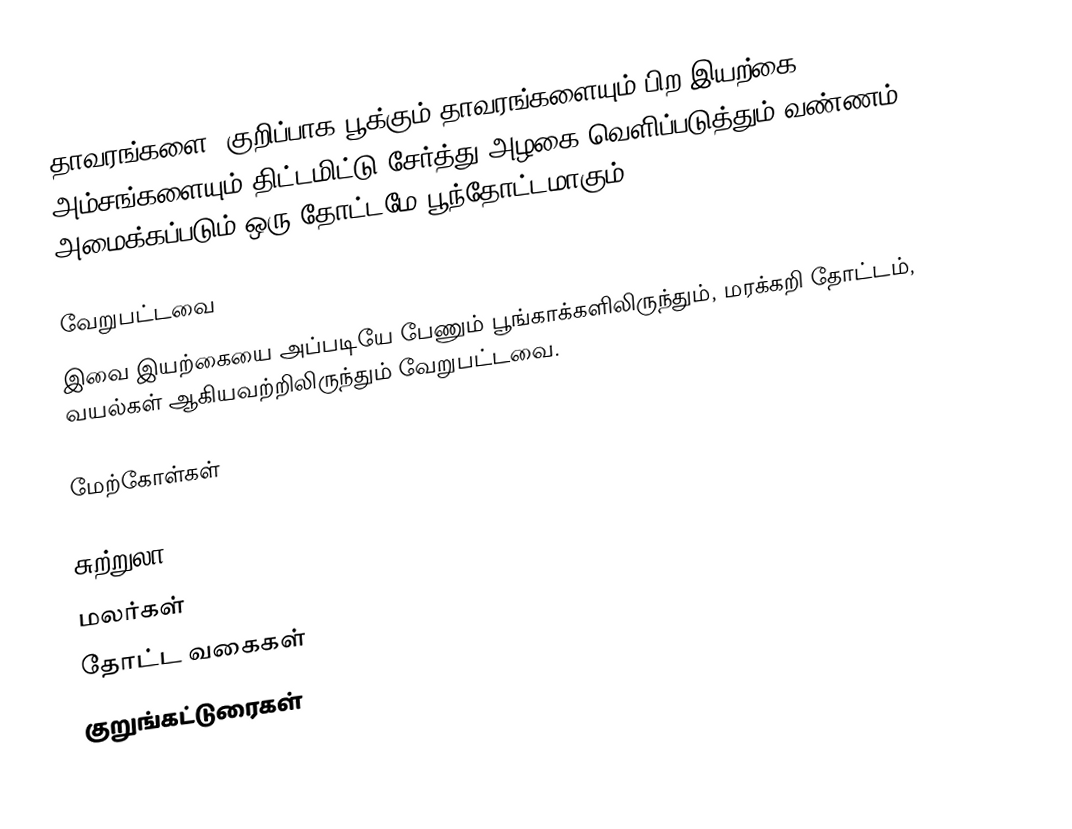
தாவரங்களை, குறிப்பாக பூக்கும் தாவரங்களையும் பிற இயற்கை அம்சங்களையும் திட்டமிட்டு சேர்த்து அழகை வெளிப்படுத்தும் வண்ணம் அமைக்கப்படும் ஒரு தோட்டமே பூந்தோட்டமாகும்.

வேறுபட்டவை
இவை இயற்கையை அப்படியே பேணும் பூங்காக்களிலிருந்தும், மரக்கறி தோட்டம், வயல்கள் ஆகியவற்றிலிருந்தும் வேறுபட்டவை.

மேற்கோள்கள்

சுற்றுலா
மலர்கள்
தோட்ட வகைகள்
குறுங்கட்டுரைகள்